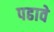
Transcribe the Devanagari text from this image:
पढावे